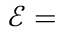
{ \mathcal { E } } =